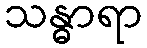
သန္ဓာရာ